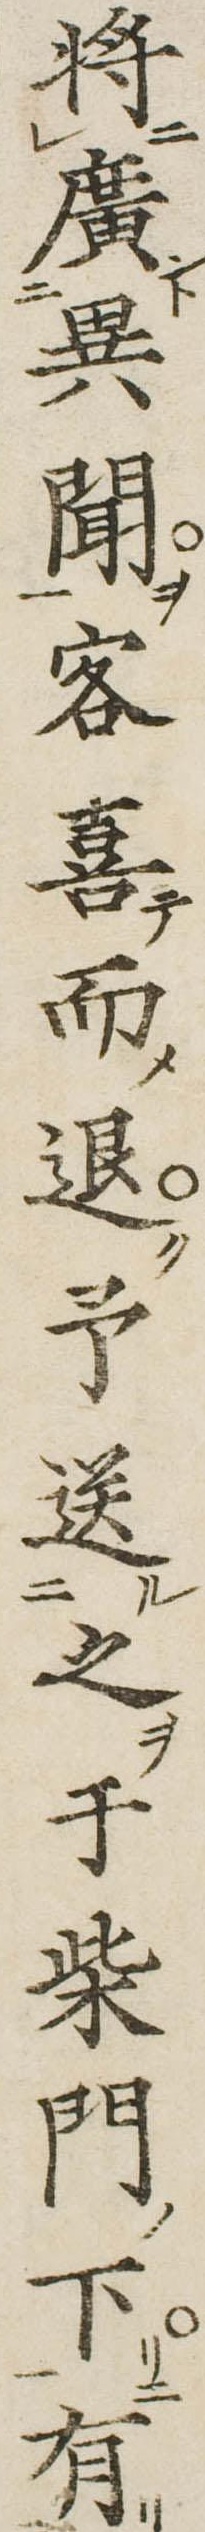
将広異聞客喜而退予送之于柴門下有